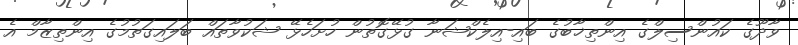
ވާދޫގެ ކައުންސިލްގެ އިންތިޚާބުގެ ބައި-އިލެކްޝަނާ ގުޅޭގޮތުން ހުށަހެޅޭ ޝަކުވާތައް ބަލައިގަތުމުގެ އިންތިޒާމް އެ